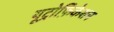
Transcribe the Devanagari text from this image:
यूट्रोफ़िकेशन